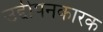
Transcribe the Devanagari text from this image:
उद्दीपनकारक